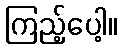
ကြည့်ပေါ့။